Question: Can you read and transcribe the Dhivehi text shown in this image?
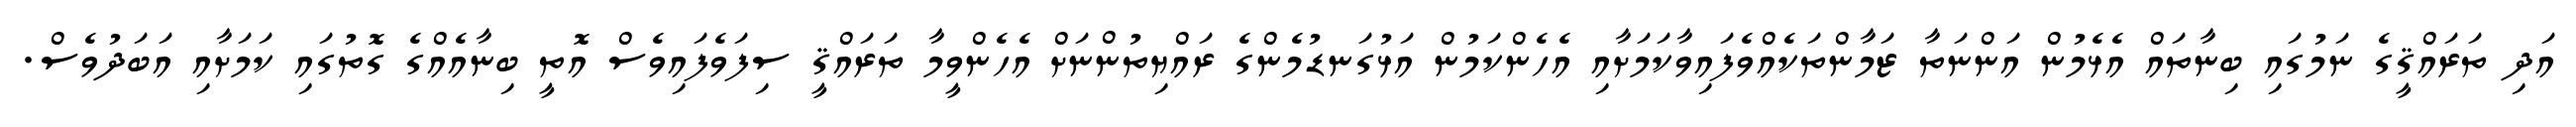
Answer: އަދި ތަރައްޤީގެ ނަމުގައި ބިނާތައް އެޅެމުން އަންނަތާ ޒަމާންތަކެއްވެފައިވާކަމަށާއި އެހެންކަމުން އަޅުގަނޑުމެންގެ ރައްޔިތުންނަށް އެހެންވީމާ ތަރައްޤީ ސިފަވެފައިވެސް އޮތީ ބިނާއެއްގެ ގޮތުގައި ކަމަށާއި އަބަދުވެސް.